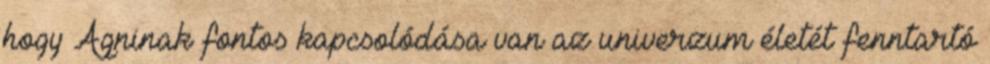
hogy Agninak fontos kapcsolódása van az univerzum életét fenntartó